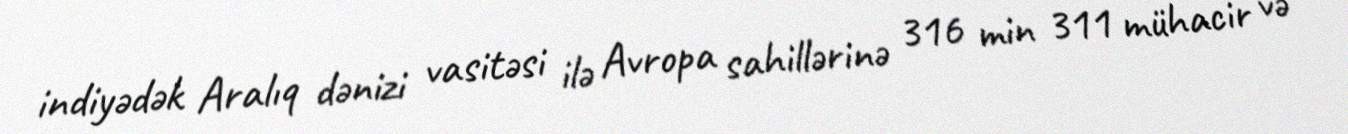
indiyədək Aralıq dənizi vasitəsi ilə Avropa sahillərinə 316 min 311 mühacir və